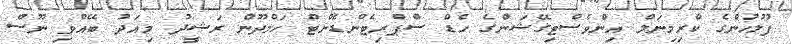
ފުލުހުންގެ ކްރިމިނަލް އިންވެސްޓިގޭޝަންގެ ހެޑް ސްޕްރިޓެންޑެންޓް ހަމްދޫން ރަޝީދު މިއަދު ބޭއްވި ނޫސް